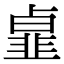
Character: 𩐃